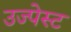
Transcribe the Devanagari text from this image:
उज्पेस्ट